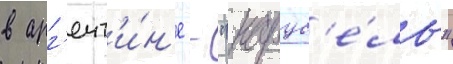
в арг'ент'и́н'е - "карус'е́ль"